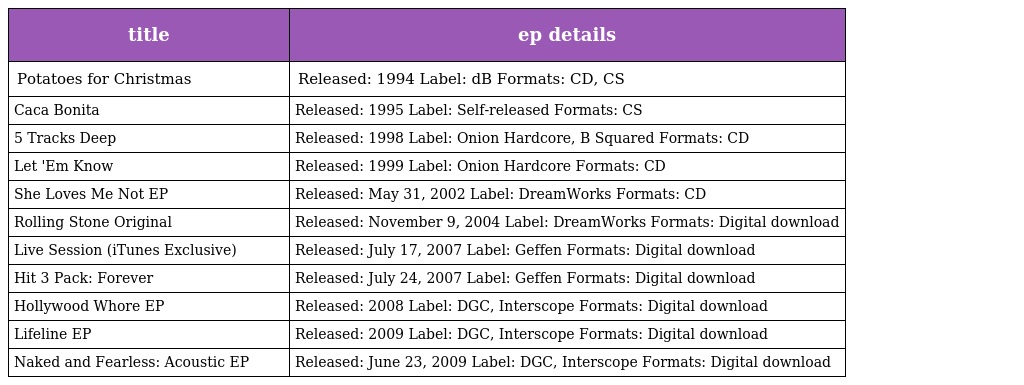
| title | ep details |
 | --- | --- |
 | Potatoes for Christmas | Released: 1994 Label: dB Formats: CD, CS |
 | Caca Bonita | Released: 1995 Label: Self-released Formats: CS |
 | 5 Tracks Deep | Released: 1998 Label: Onion Hardcore, B Squared Formats: CD |
 | Let 'Em Know | Released: 1999 Label: Onion Hardcore Formats: CD |
 | She Loves Me Not EP | Released: May 31, 2002 Label: DreamWorks Formats: CD |
 | Rolling Stone Original | Released: November 9, 2004 Label: DreamWorks Formats: Digital download |
 | Live Session (iTunes Exclusive) | Released: July 17, 2007 Label: Geffen Formats: Digital download |
 | Hit 3 Pack: Forever | Released: July 24, 2007 Label: Geffen Formats: Digital download |
 | Hollywood Whore EP | Released: 2008 Label: DGC, Interscope Formats: Digital download |
 | Lifeline EP | Released: 2009 Label: DGC, Interscope Formats: Digital download |
 | Naked and Fearless: Acoustic EP | Released: June 23, 2009 Label: DGC, Interscope Formats: Digital download |